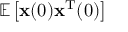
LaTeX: \mathbb { E } \left[ { \mathbf { x } } ( 0 ) { \mathbf { x } } ^ { \mathrm { T } } ( 0 ) \right]